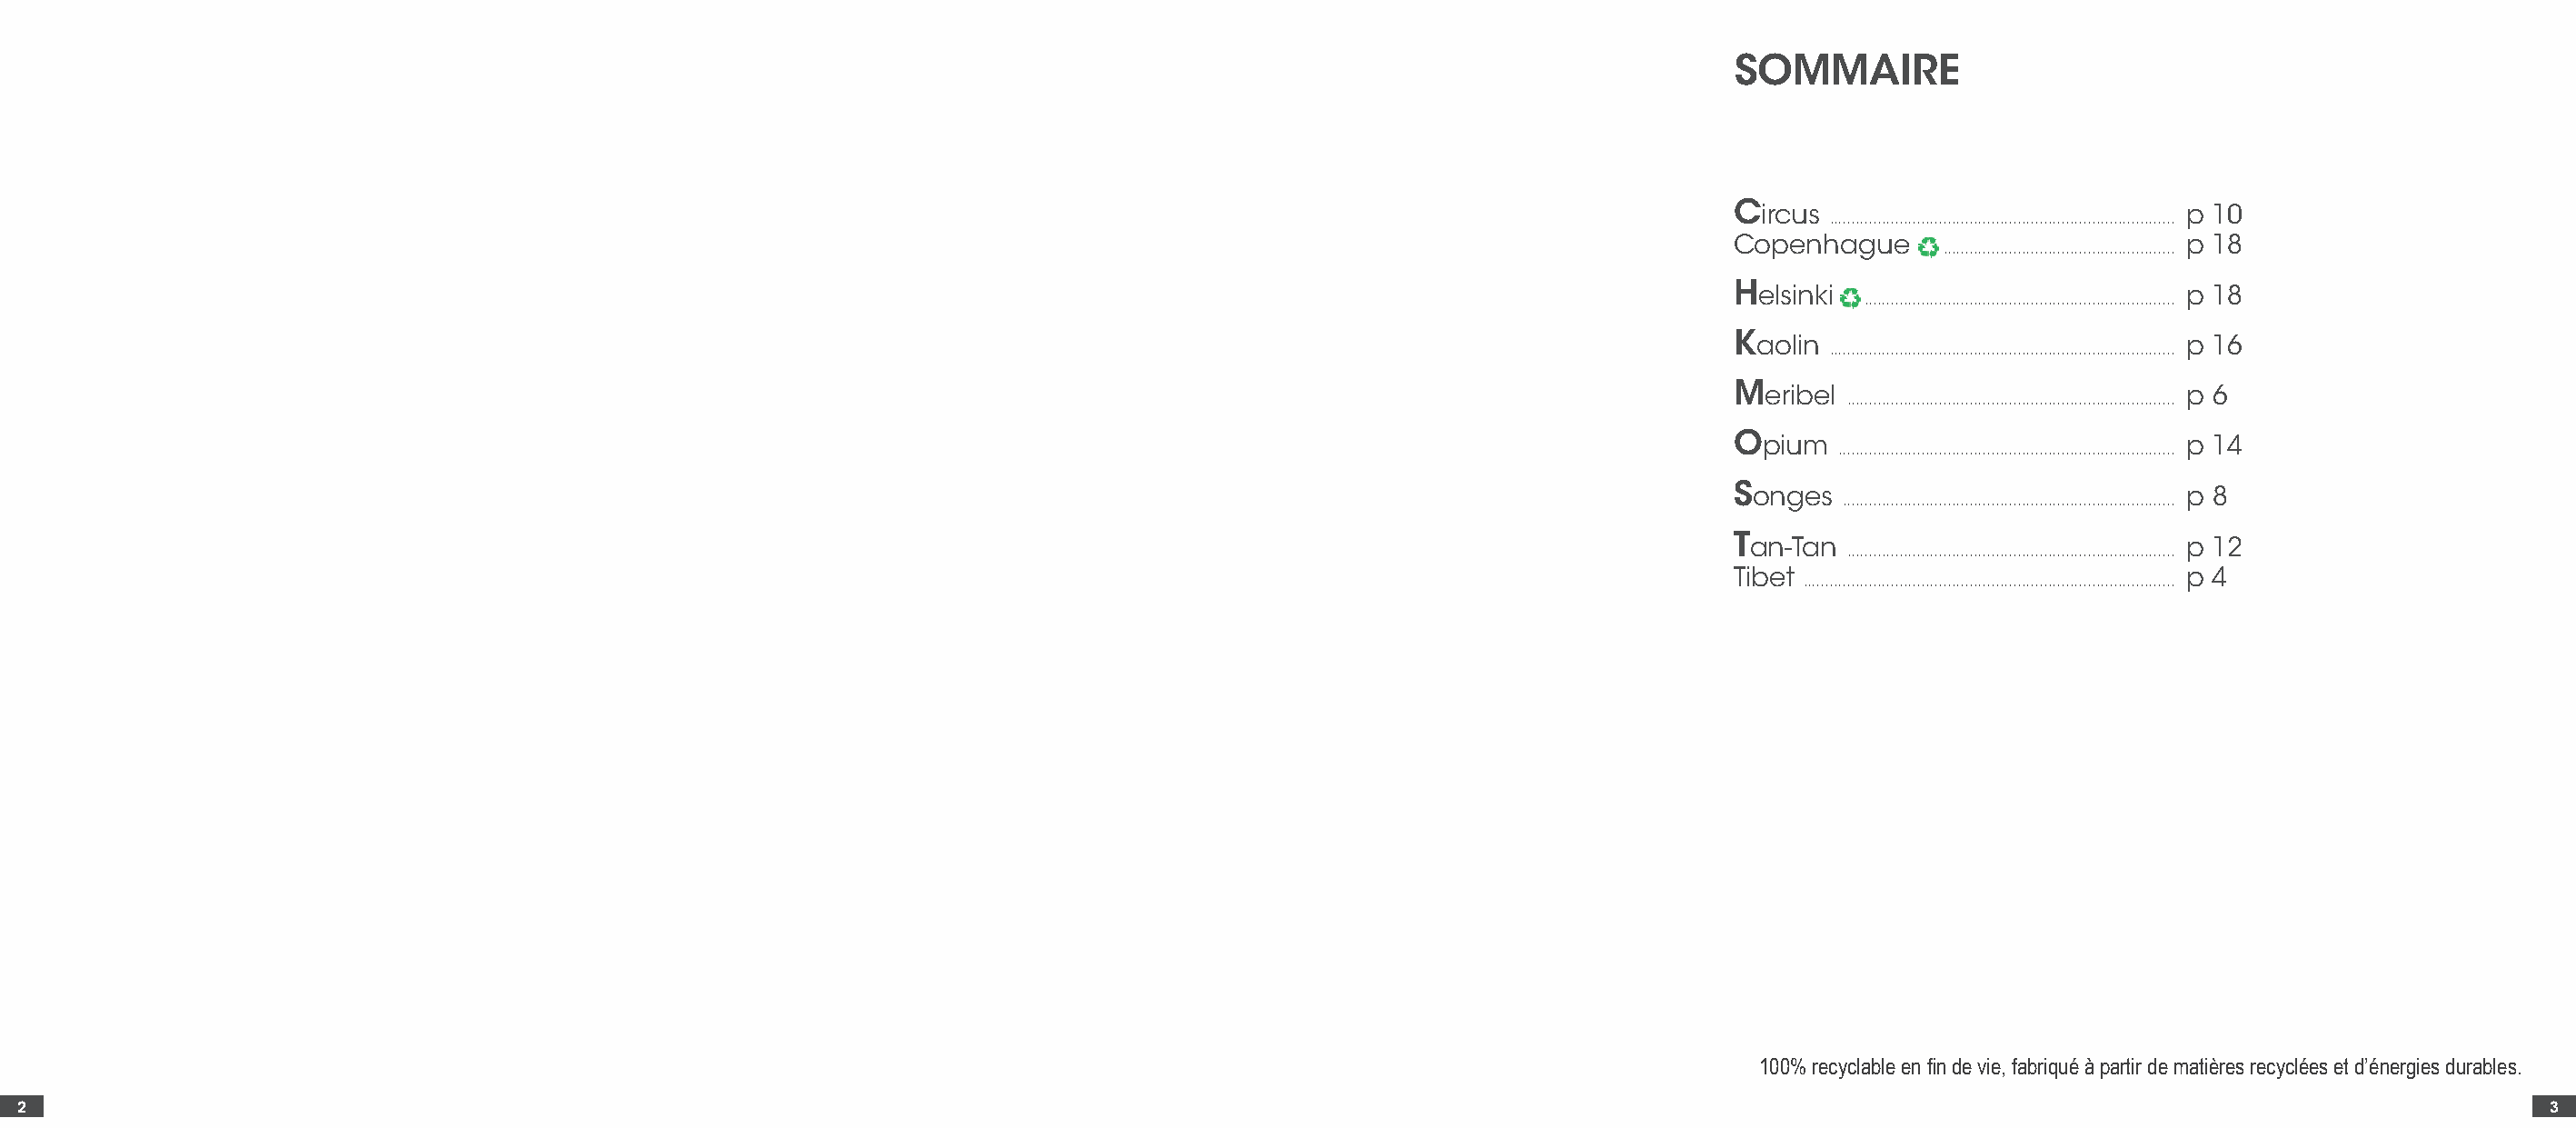
SOMMAIRE
 Circus                           p 10
 ...............................................................................
 Copenhague                       p 18
 .....................................................
 Helsinki                         p 18
 .......................................................................
 Kaolin                           p 16
 ...............................................................................
 Meribel                          p 6
 ...........................................................................
 Opium                            p 14
 .............................................................................
 Songes                           p 8
 ............................................................................
 Tan-Tan                          p 12
 ...........................................................................
 Tibet                            p 4
 .....................................................................................
 100% recyclable en fin de vie, fabriqué à partir de matières recyclées et d’énergies durables.
 2                                                                                                                                                                                        3